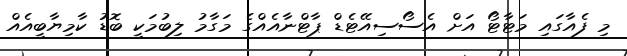
މި ފެއާގައި މަޓާޓޯ އަށް އެސޯސިއޭޓެޑް ޕާޓްނާއެއްގެ މަގާމު ލިބުމަކީ ބޮޑު ކާމިޔާބީއެއް